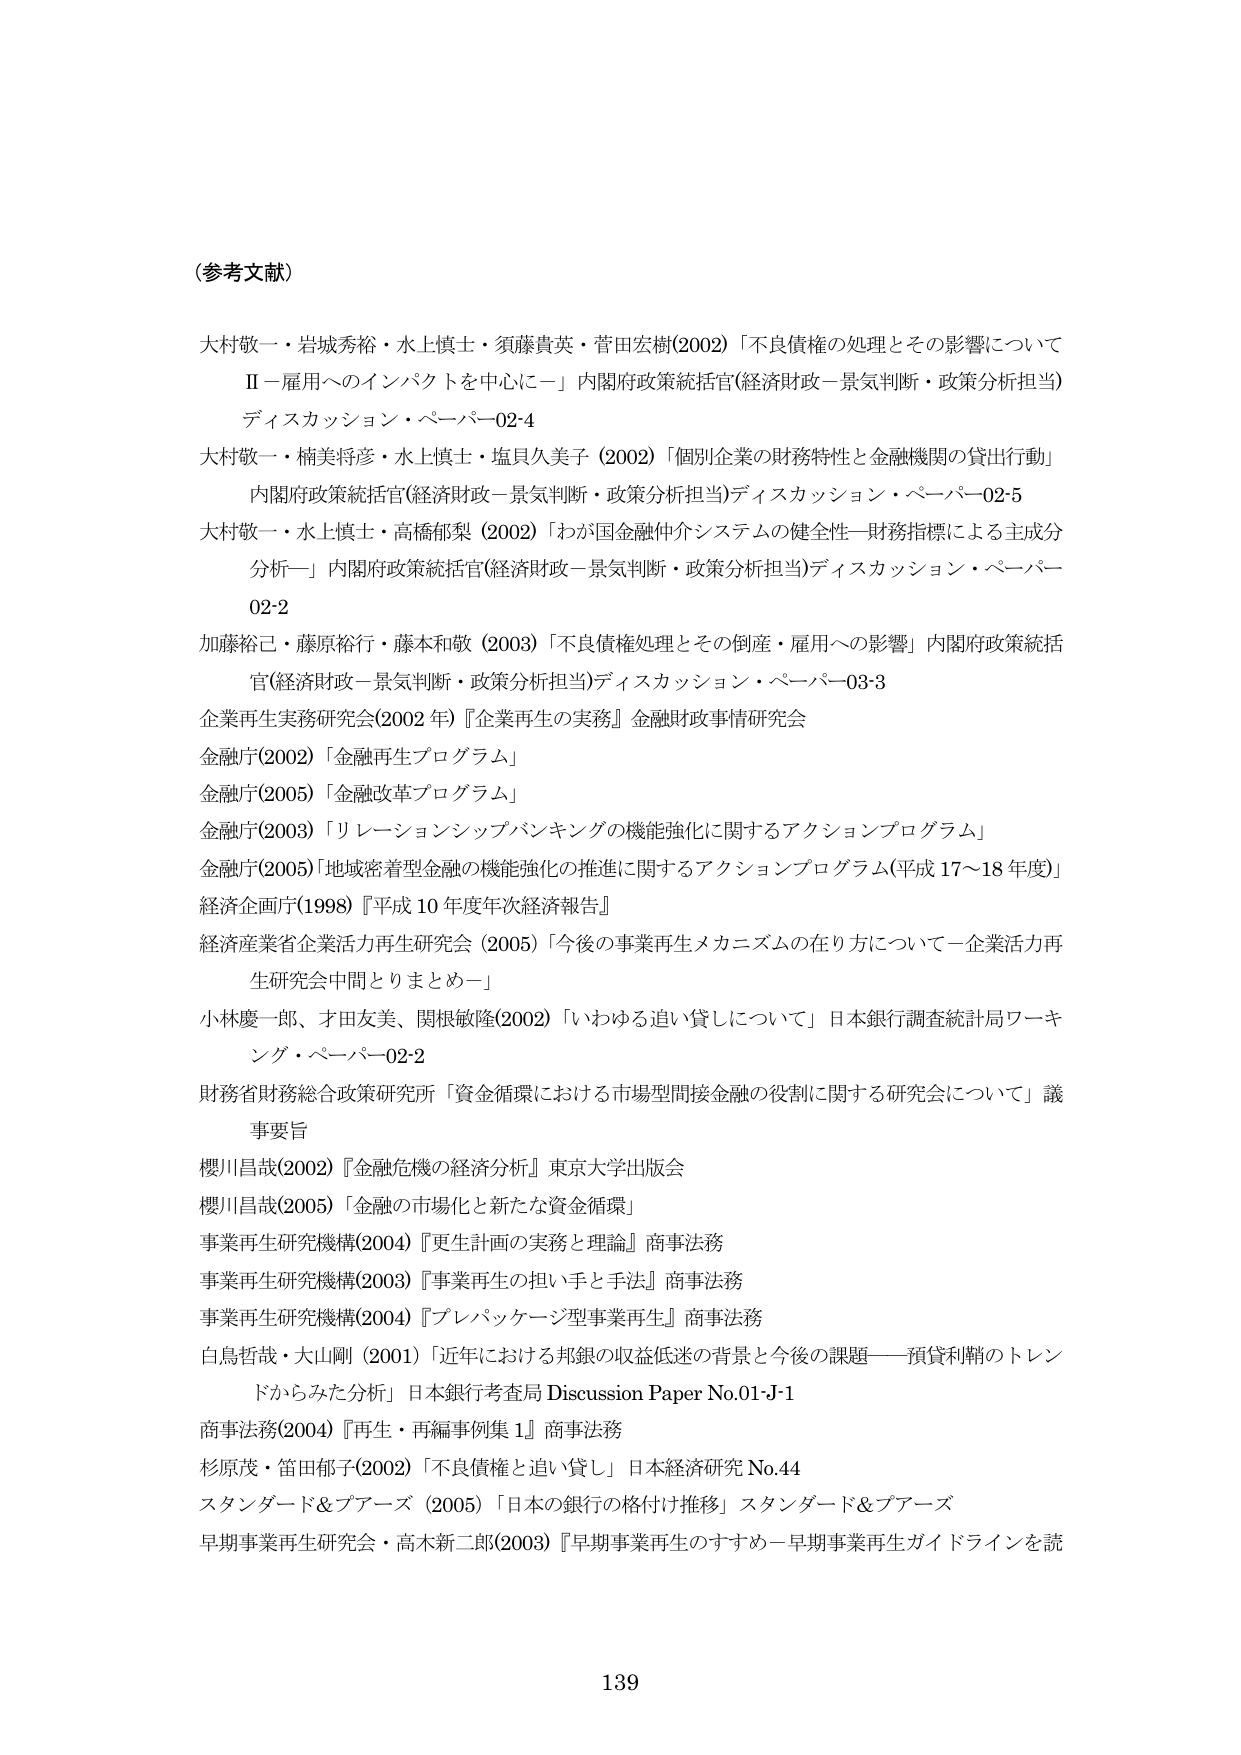
（参考文献）

大村敬一・岩城秀裕・水上慎士・須藤貴英・菅田宏樹(2002)「不良債権の処理とその影響についてⅡ－雇用へのインパクトを中心に－」内閣府政策統括官(経済財政－景気判断・政策分析担当)ディスカッション・ペーパー02-4

大村敬一・楠美将彦・水上慎士・塩貝久美子 (2002)「個別企業の財務特性と金融機関の貸出行動」内閣府政策統括官(経済財政－景気判断・政策分析担当)ディスカッション・ペーパー02-5

大村敬一・水上慎士・高橋郁梨 (2002)「わが国金融仲介システムの健全性－財務指標による主成分分析－」内閣府政策統括官(経済財政－景気判断・政策分析担当)ディスカッション・ペーパー02-2

加藤裕己・藤原裕行・藤本和敬 (2003)「不良債権処理とその倒産・雇用への影響」内閣府政策統括官(経済財政－景気判断・政策分析担当)ディスカッション・ペーパー03-3

企業再生実務研究会(2002 年)『企業再生の実務』金融財政事情研究会

金融庁(2002)「金融再生プログラム」

金融庁(2005)「金融改革プログラム」

金融庁(2003)「リレーションシップバンキングの機能強化に関するアクションプログラム」

金融庁(2005)「地域密着型金融の機能強化の推進に関するアクションプログラム(平成 17～18 年度)」

経済企画庁(1998)『平成 10 年度年次経済報告』

経済産業省企業活力再生研究会 (2005)「今後の事業再生メカニズムの在り方について－企業活力再生研究会中間とりまとめ－」

小林慶一郎、才田友美、関根敏隆(2002)「いわゆる追い貸しについて」日本銀行調査統計局ワーキング・ペーパー02-2

財務省財務総合政策研究所「資金循環における市場型間接金融の役割に関する研究会について」議事要旨

櫻川昌哉(2002)『金融危機の経済分析』東京大学出版会

櫻川昌哉(2005)「金融の市場化と新たな資金循環」

事業再生研究機構(2004)『再生計画の実務と理論』商事法務

事業再生研究機構(2003)『事業再生の担い手と手法』商事法務

事業再生研究機構(2004)『ブレバッケージ型事業再生』商事法務

白鳥哲哉・大山剛(2001)「近年における邦銀の収益低迷の背景と今後の課題――預貸利鞘のトレンドからみた分析」日本銀行考査局 Discussion Paper No.01-J-1

商事法務(2004)『再生・再編事例集 1』商事法務

杉原茂・笛田郁子(2002)「不良債権と追い貸し」日本経済研究 No.44

スタンダード＆プアーズ (2005)「日本の銀行の格付け推移」スタンダード＆プアーズ

早期事業再生研究会・高木新二郎(2003)『早期事業再生のすすめ－早期事業再生ガイドラインを読

139